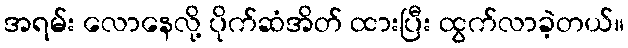
အရမ်း လောနေလို့ ပိုက်ဆံအိတ် ထားပြီး ထွက်လာခဲ့တယ်။